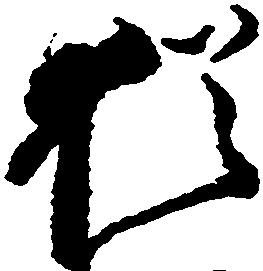
猶